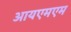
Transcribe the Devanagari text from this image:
आयएमएम